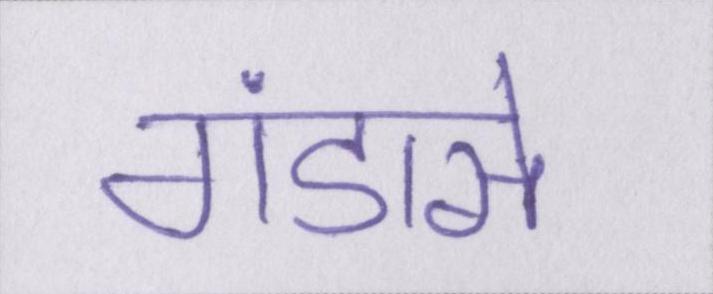
गंडासे